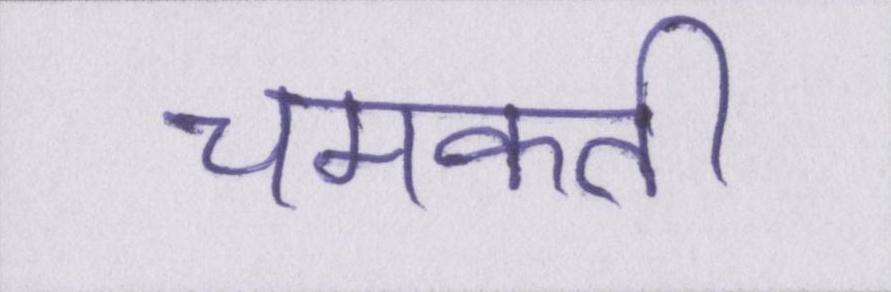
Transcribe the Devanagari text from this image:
चमकती